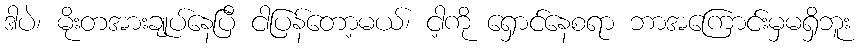
ဒါပဲ၊ မိုးတအားချုပ်နေပြီ ငါပြန်တော့မယ်၊ ငါ့ကို ရှောင်နေစရာ ဘာအကြောင်းမှမရှိဘူး